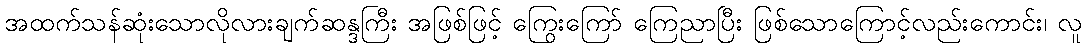
အထက်သန်ဆုံးသောလိုလားချက်ဆန္ဒကြီး အဖြစ်ဖြင့် ကြွေးကြော် ကြေညာပြီး ဖြစ်သောကြောင့်လည်းကောင်း၊ လူ